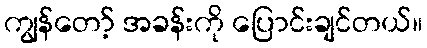
ကျွန်တော့် အခန်းကို ပြောင်းချင်တယ်။